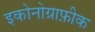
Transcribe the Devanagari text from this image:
इकोनोग्राफ़ीक